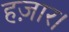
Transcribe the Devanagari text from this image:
हज़ार।